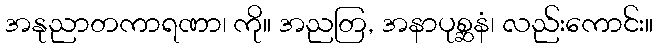
အနုညာတကာရဏာ၊ ကို။ အညတြ, အနာပုစ္ဆနံ၊ လည်းကောင်း။